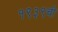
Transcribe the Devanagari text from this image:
१९३९ची